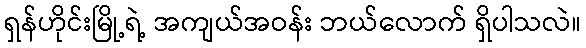
ရှန်ဟိုင်းမြို့ရဲ့ အကျယ်အဝန်း ဘယ်လောက် ရှိပါသလဲ။